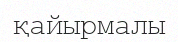
қайырмалы